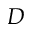
D